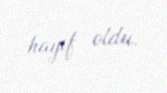
hayıf oldu.